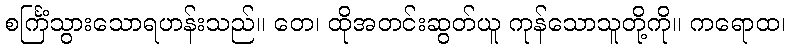
စင်္ကြံသွားသောရဟန်းသည်။ တေ၊ ထိုအတင်းဆွတ်ယူ ကုန်သောသူတို့ကို။ ကရောထ၊